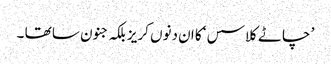
’ چاٹے کلاسس ‘کا ان دنوں کریز بلکہ جنون سا تھا ۔